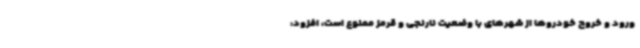
ورود و خروج خودروها از شهرهای با وضعیت نارنجی و قرمز ممنوع است، افزود: